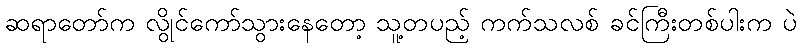
ဆရာတော်က လွိုင်ကော်သွားနေတော့ သူ့တပည့် ကက်သလစ် ခင်ကြီးတစ်ပါးက ပဲ